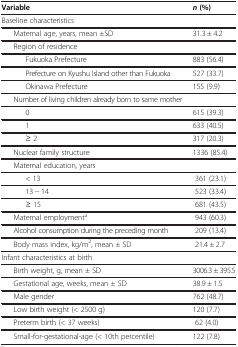
<table><thead><tr><td><b>Variable</b></td><td><b><i>n </i>(%)</b></td></tr></thead><tbody><tr><td>Baseline characteristics</td><td> </td></tr><tr><td>Maternal age, years, mean ±SD</td><td>31.3 ± 4.2</td></tr><tr><td>Region of residence</td><td> </td></tr><tr><td>Fukuoka Prefecture</td><td>883 (56.4)</td></tr><tr><td>Prefecture on Kyushu Island other than Fukuoka</td><td>527 (33.7)</td></tr><tr><td>Okinawa Prefecture</td><td>155 (9.9)</td></tr><tr><td>Number of living children already born to same mother</td><td> </td></tr><tr><td>0</td><td>615 (39.3)</td></tr><tr><td>1</td><td>633 (40.5)</td></tr><tr><td>≥ 2</td><td>317 (20.3)</td></tr><tr><td>Nuclear family structure</td><td>1336 (85.4)</td></tr><tr><td>Maternal education, years</td><td> </td></tr><tr><td>&lt; 13</td><td> 361 (23.1)</td></tr><tr><td>13 − 14</td><td> 523 (33.4)</td></tr><tr><td>≥ 15</td><td> 681 (43.5)</td></tr><tr><td>Maternal employment<sup>a</sup></td><td> 943 (60.3)</td></tr><tr><td>Alcohol consumption during the preceding month</td><td> 209 (13.4)</td></tr><tr><td>Body mass index, kg/m<sup>2</sup>, mean ± SD</td><td> 21.4 ± 2.7</td></tr><tr><td>Infant characteristics at birth</td><td> </td></tr><tr><td>Birth weight, g, mean ± SD</td><td>3006.3 ± 395.5</td></tr><tr><td>Gestational age, weeks, mean ± SD</td><td>38.9 ± 1.5</td></tr><tr><td>Male gender</td><td>762 (48.7)</td></tr><tr><td>Low birth weight (&lt; 2500 g)</td><td>120 (7.7)</td></tr><tr><td>Preterm birth (&lt; 37 weeks)</td><td> 62 (4.0)</td></tr><tr><td>Small-for-gestational-age (&lt; 10th percentile)</td><td>122 (7.8)</td></tr></tbody></table>